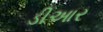
ડીઆર